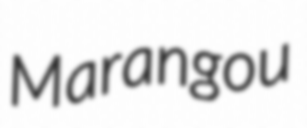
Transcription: Marangou